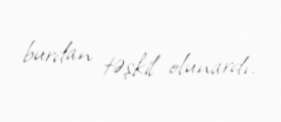
burdan təşkil olunardı.